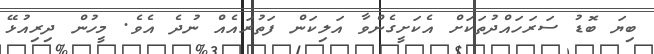
ބިޔަ ބޮޑު ސަރަހައްދުތަކަށް އެކަށީގެންވާ އަލިކަން ފަތުރައެއް ނުދެ އެވެ. މީހުން ދިރިއުޅޭ